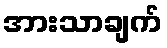
အားသာချက်